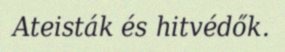
Ateisták és hitvédők.